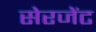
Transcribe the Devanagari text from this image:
सेरजेंट